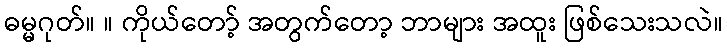
ဓမ္မဂုတ်။ ။ ကိုယ်တော့် အတွက်တော့ ဘာများ အထူး ဖြစ်သေးသလဲ။